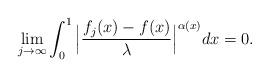
LaTeX: \begin{align*}\lim_{j\rightarrow \infty} \int_0^1 \Big| \frac{ f_j (x) - f (x)}{\lambda } \Big|^{\alpha(x)} dx = 0.\end{align*}